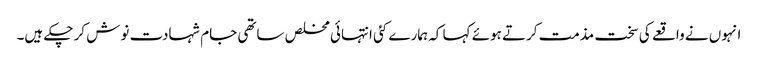
انہوں نے واقعے کی سخت مذمت کرتے ہوئے کہا کہ ہمارے کئی انتہائی مخلص ساتھی جام شہادت نوش کر چکے ہیں۔